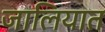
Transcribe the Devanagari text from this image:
जालियात